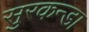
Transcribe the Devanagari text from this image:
सुरकन्डा